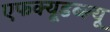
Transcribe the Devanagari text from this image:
एफक्यूडब्ल्यू